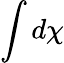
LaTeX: \int d\chi